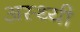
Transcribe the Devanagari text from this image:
अस्थ्यी